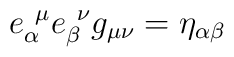
e_\alpha^{\ \mu}e_\beta^{\ \nu}g_{\mu\nu}=\eta_{\alpha\beta}